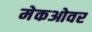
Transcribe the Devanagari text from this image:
मेकओवर